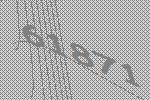
61871